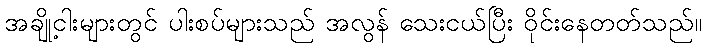
အချို့ငါးများတွင် ပါးစပ်များသည် အလွန် သေးငယ်ပြီး ဝိုင်းနေတတ်သည်။